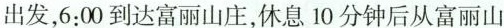
出发，6:00到达富丽山庄，休息10分钟后从富丽山